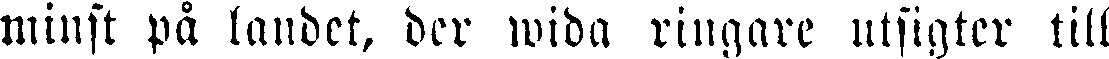
minst på landet, der wida ringare utsigter till